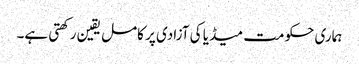
ہماری حکومت میڈیا کی آزادی پر کامل یقین رکھتی ہے۔